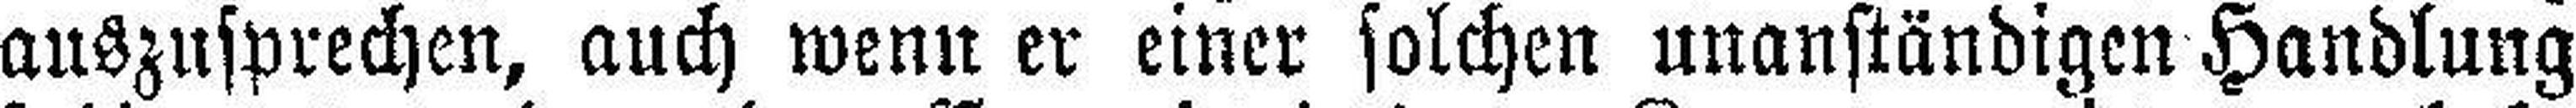
auszusprechen, auch wenn er einer solchen unanständigen Handlung